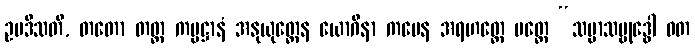
ဥပဒိသတိ, တတော တတ္ထ ကမ္မဋ္ဌာနံ အနုယုတ္တေန ယောဂိနာ ကမေန အရဟတ္တေ ပတ္တေ “သမ္မာသမ္ဗုဒ္ဓေါ ဝတ